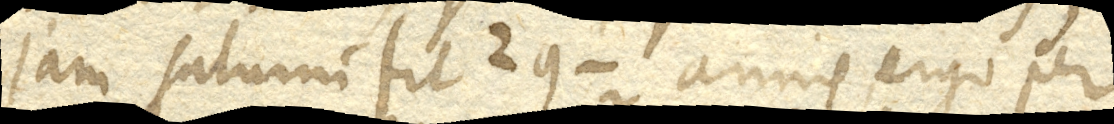
Jam Saturni fit annis ergo per